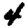
Digit: 4